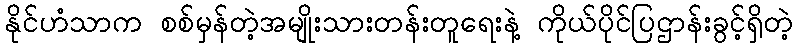
နိုင်ဟံသာက စစ်မှန်တဲ့အမျိုးသားတန်းတူရေးနဲ့ ကိုယ်ပိုင်ပြဌာန်းခွင့်ရှိတဲ့